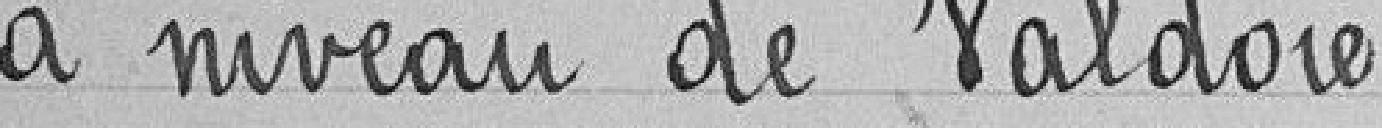
à niveau de Valdoie.